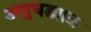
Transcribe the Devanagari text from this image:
अणुघड्याळ